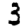
Digit: 3